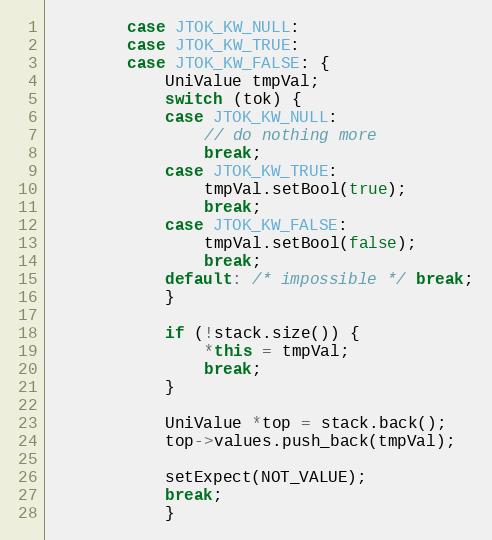
Language: C++
        case JTOK_KW_NULL:
        case JTOK_KW_TRUE:
        case JTOK_KW_FALSE: {
            UniValue tmpVal;
            switch (tok) {
            case JTOK_KW_NULL:
                // do nothing more
                break;
            case JTOK_KW_TRUE:
                tmpVal.setBool(true);
                break;
            case JTOK_KW_FALSE:
                tmpVal.setBool(false);
                break;
            default: /* impossible */ break;
            }

            if (!stack.size()) {
                *this = tmpVal;
                break;
            }

            UniValue *top = stack.back();
            top->values.push_back(tmpVal);

            setExpect(NOT_VALUE);
            break;
            }